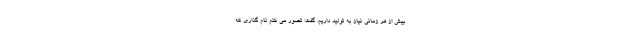
بیش از هر زمانی نیاز به تولید داریم، گفت: تصور می کنم نام گذاری که